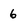
Character: 6